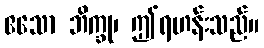
ဧသော ဘိက္ခု၊ ဤရဟန်းသည်။